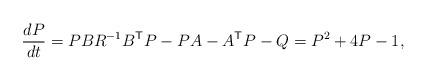
LaTeX: \begin{align*} \frac{d P}{dt} = P B R^{-1} B^\textsf{T} P - P A - A^\textsf{T} P - Q = P^2 + 4 P - 1 , \end{align*}